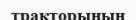
тракторының